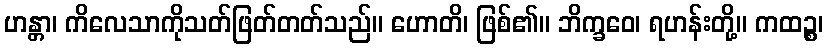
ဟန္တာ၊ ကိလေသာကိုသတ်ဖြတ်တတ်သည်။ ဟောတိ၊ ဖြစ်၏။ ဘိက္ခဝေ၊ ရဟန်းတို့။ ကထဉ္စ၊